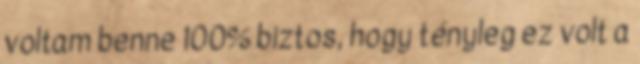
voltam benne 100% biztos, hogy tényleg ez volt a